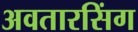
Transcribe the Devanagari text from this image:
अवतारसिंग